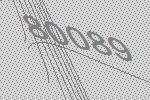
80089